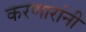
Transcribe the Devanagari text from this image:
करणारांनी